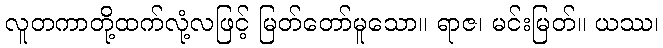
လူတကာတို့ထက်လုံ့လဖြင့် မြတ်တော်မူသော။ ရာဇ၊ မင်းမြတ်။ ယဿ၊